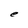
Character: e